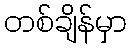
တစ်ချိန်မှာ